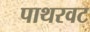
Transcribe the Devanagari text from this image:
पाथरवट